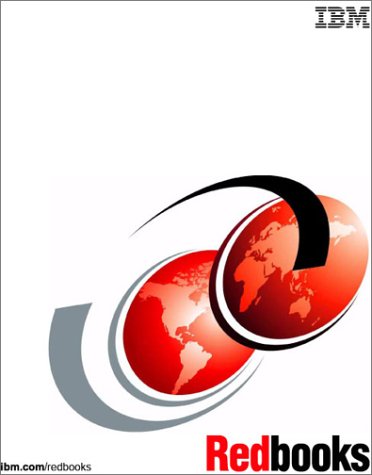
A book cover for A Comprehensive Guide to Virtual Private Networks: Cross-Platform Key and Policy Management; IBM Redbooks; Computers & Technology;